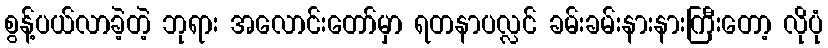
စွန့်ပယ်လာခဲ့တဲ့ ဘုရား အလောင်းတော်မှာ ရတနာပလ္လင် ခမ်းခမ်းနားနားကြီးတော့ လိုပုံ